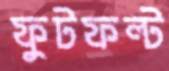
ফুটফল্ট